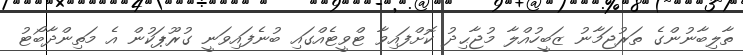
ތާލިބާނުންގެ ތަރުޖަމާނު ޒަބީހުއްލާ މުޖާޙިދު ކޮށްފައިވާ ޓްވީޓެއްގައި ބުނެފައިވަނީ ގުރޫޕަކުން އެ މަތިންދާބޯޓު